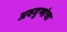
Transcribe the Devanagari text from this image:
अवगुणांचा